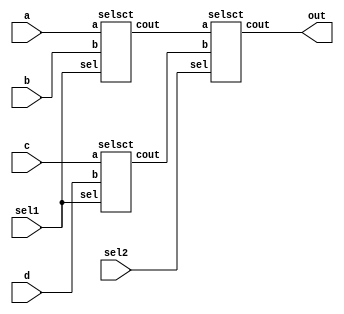
module top_module(
    input a,b,c,d,sel1,sel2,
    output out
);
wire temp1,temp2;
selsct instance1(a,b,sel1,temp1);
selsct instance2(c,d,sel1,temp2);
selsct instance3(temp1,temp2,sel2,out);
endmodule

module selsct (
    input a,b,sel,
    output cout
);
    wire s,carry1,carry2;
    not(s,sel);
    and(carry1,s,a);
    and(carry2,sel,b);
    or(cout,carry1,carry2);
endmodule